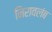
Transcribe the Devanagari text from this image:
निरावलंब